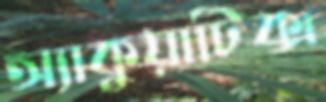
অ্যাকুয়াটিক্স